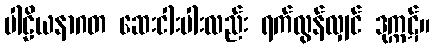
ပါဠိယနာဂတ ဆေးငါးပါးလည်း ရက်လွန်လျှင် ဒုက္ကဋ်။